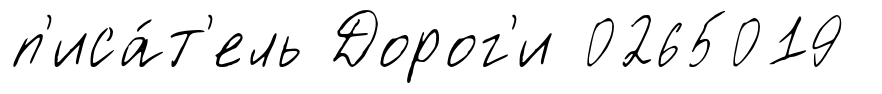
п'иса́т'ель Дорог'и 0265019